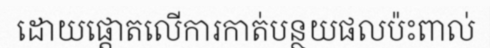
ដោយផ្តោតលើការកាត់បន្ថយផលប៉ះពាល់